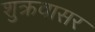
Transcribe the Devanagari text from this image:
शुक्रवासर